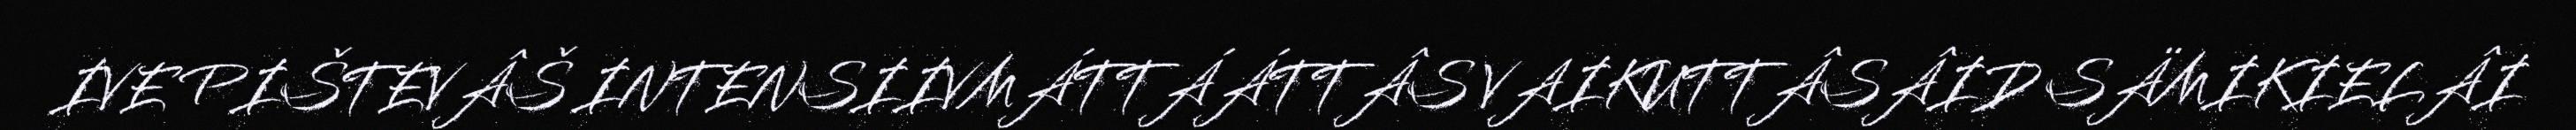
IVE PIŠTEVÂŠ INTENSIIVMÁTTÁÁTTÂS VAIKUTTÂSÂID SÄMIKIELÂI